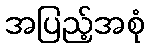
အပြည့်အစုံ